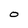
Character: O